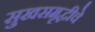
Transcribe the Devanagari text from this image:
सुखसमृद्धीचे